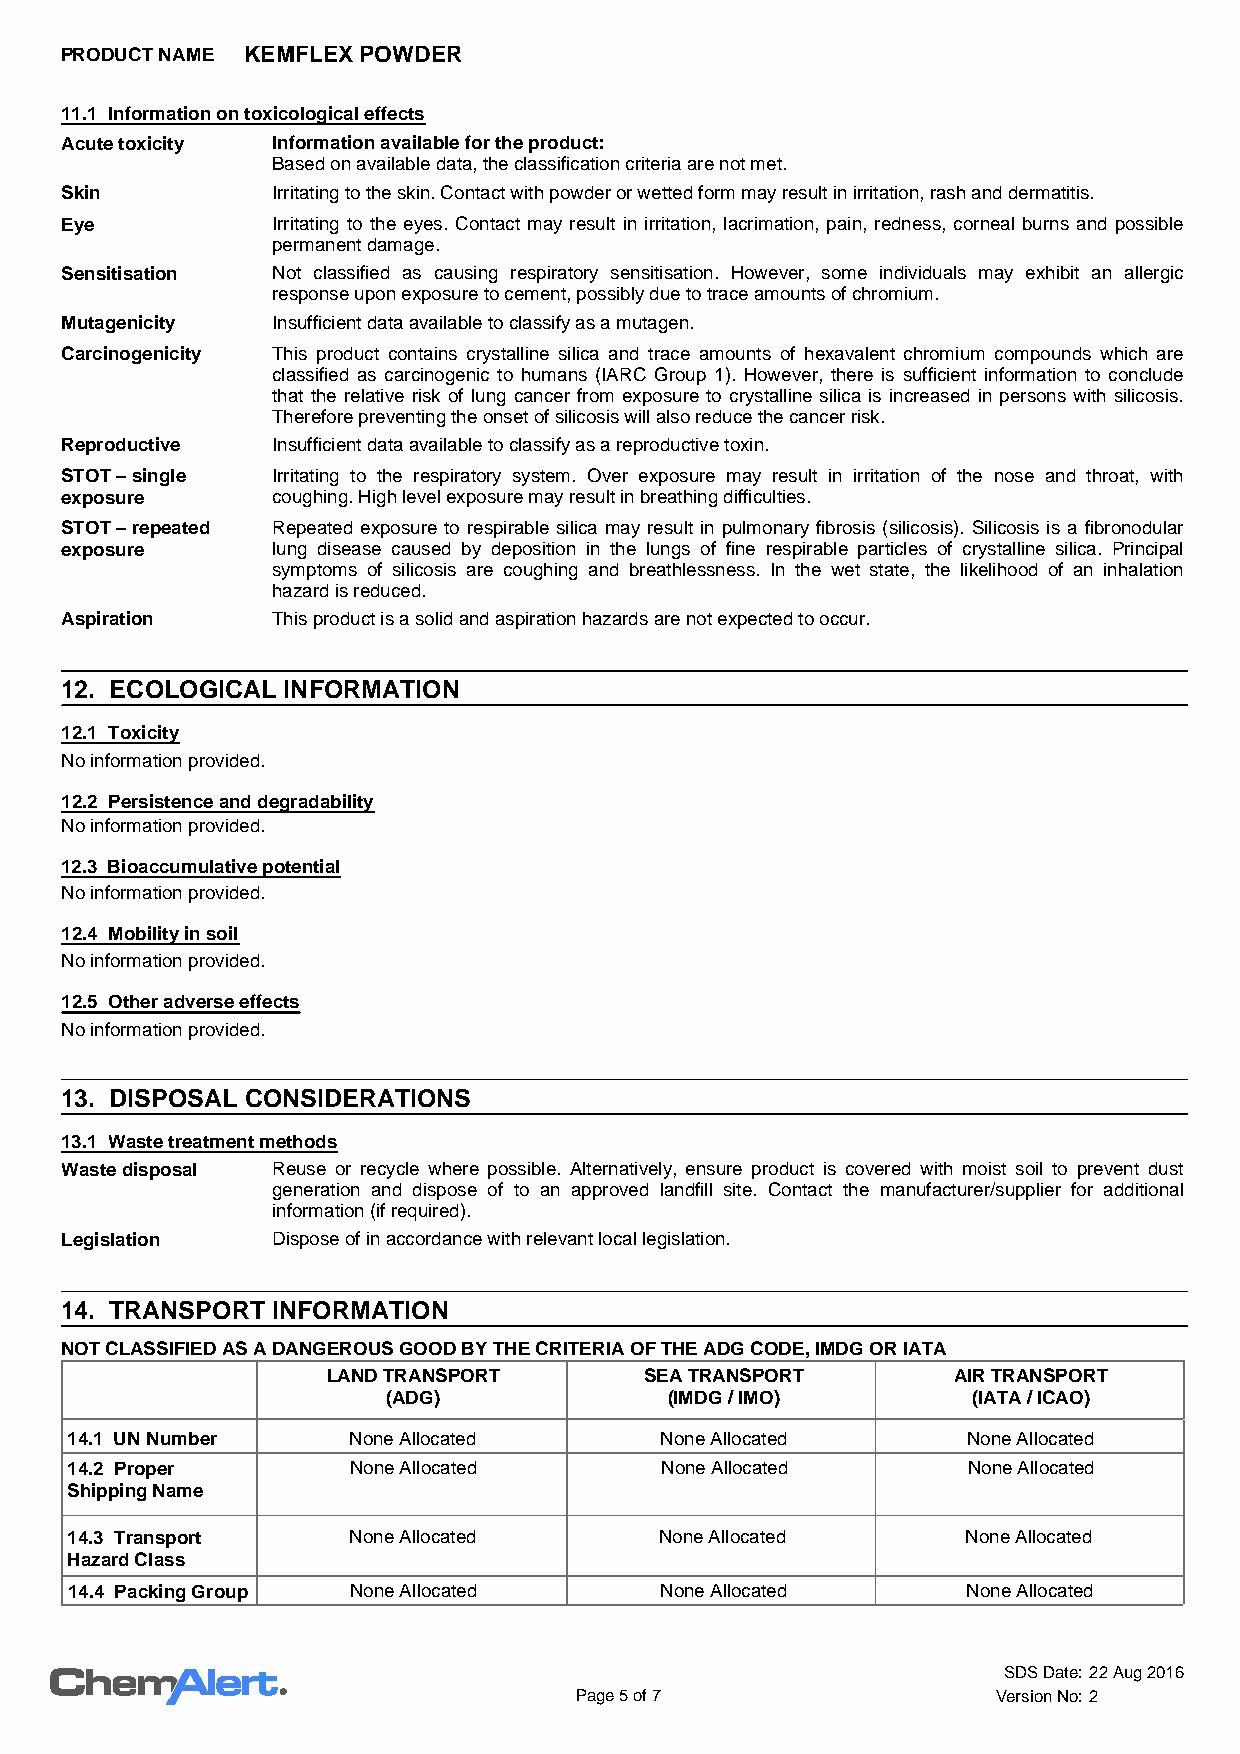
PRODUCT NAME KEMFLEX POWDER
 11.1 Information on toxicological effects
 Acute toxicity Information available for the product:
 Based on available data, the classification criteria are not met.
 Skin          Irritating to the skin. Contact with powder or wetted form may result in irritation, rash and dermatitis.
 Eye           Irritating to the eyes. Contact may result in irritation, lacrimation, pain, redness, corneal burns and possible
 permanent damage.
 Sensitisation Not classified as causing respiratory sensitisation. However, some individuals may exhibit an allergic
 response upon exposure to cement, possibly due to trace amounts of chromium.
 Mutagenicity  Insufficient data available to classify as a mutagen.
 Carcinogenicity This product contains crystalline silica and trace amounts of hexavalent chromium compounds which are
 classified as carcinogenic to humans (IARC Group 1). However, there is sufficient information to conclude
 that the relative risk of lung cancer from exposure to crystalline silica is increased in persons with silicosis.
 Therefore preventing the onset of silicosis will also reduce the cancer risk.
 Reproductive  Insufficient data available to classify as a reproductive toxin.
 STOT – single Irritating to the respiratory system. Over exposure may result in irritation of the nose and throat, with
 exposure      coughing. High level exposure may result in breathing difficulties.
 STOT – repeated Repeated exposure to respirable silica may result in pulmonary fibrosis (silicosis). Silicosis is a fibronodular
 exposure      lung disease caused by deposition in the lungs of fine respirable particles of crystalline silica. Principal
 symptoms of silicosis are coughing and breathlessness. In the wet state, the likelihood of an inhalation
 hazard is reduced.
 Aspiration    This product is a solid and aspiration hazards are not expected to occur.
 12. ECOLOGICAL INFORMATION
 12.1 Toxicity
 No information provided.
 12.2 Persistence and degradability
 No information provided.
 12.3 Bioaccumulative potential
 No information provided.
 12.4 Mobility in soil
 No information provided.
 12.5 Other adverse effects
 No information provided.
 13. DISPOSAL CONSIDERATIONS
 13.1 Waste treatment methods
 Waste disposal Reuse or recycle where possible. Alternatively, ensure product is covered with moist soil to prevent dust
 generation and dispose of to an approved landfill site. Contact the manufacturer/supplier for additional
 information (if required).
 Legislation   Dispose of in accordance with relevant local legislation.
 14. TRANSPORT INFORMATION
 NOT CLASSIFIED AS A DANGEROUS GOOD BY THE CRITERIA OF THE ADG CODE, IMDG OR IATA
 LAND TRANSPORT       SEA TRANSPORT       AIR TRANSPORT
 (ADG)             (IMDG / IMO)        (IATA / ICAO)
 14.1 UN Number     None Allocated       None Allocated      None Allocated
 14.2 Proper        None Allocated       None Allocated      None Allocated
 Shipping Name
 14.3 Transport     None Allocated       None Allocated      None Allocated
 Hazard Class
 14.4 Packing Group None Allocated       None Allocated      None Allocated
 SDS Date: 22 Aug 2016
 Page 5 of 7                 Version No: 2